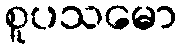
စူပသမော